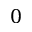
0